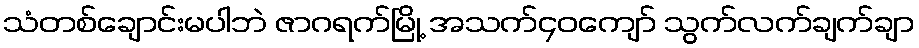
သံတစ်ချောင်းမပါဘဲ ဇာဂရက်မြို့ အသက်၄၀ကျော် သွက်လက်ချက်ချာ